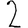
Digit: 2